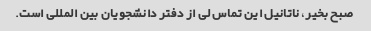
صبح بخیر، ناتانیل این تماس لی از دفتر دانشجویان بین المللی است.